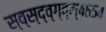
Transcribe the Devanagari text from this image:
स्व्स्द्व्ग्व्म्४६५४